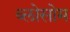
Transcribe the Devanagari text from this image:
ब्लोसोम